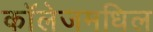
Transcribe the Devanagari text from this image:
काॅलेजमधिल